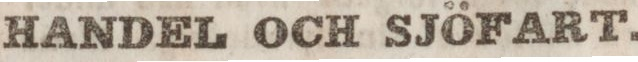
HANDEL OCH SJÖFART.